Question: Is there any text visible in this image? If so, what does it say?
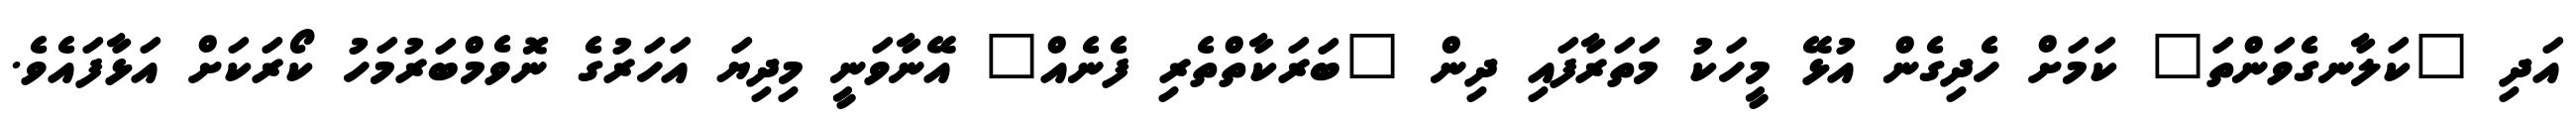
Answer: އަދި "ކަލާނގެވަންތަ" ކަމަށް ހެދިގެން އުޅޭ މީހަކު މަތަރާފައި ދިން "ބަރަކާތްތެރި ފެނެއް" އޭނާވަނީ މިދިޔަ އަހަރުގެ ނޮވެމްބަރުމަހު ކޯރަކަށް އަޅާފައެވެ.